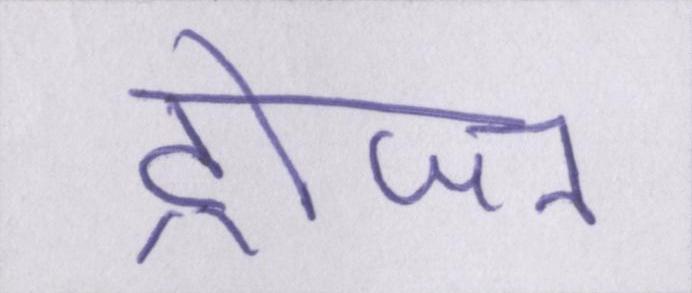
ट्रोजन